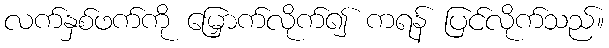
လက်နှစ်ဖက်ကို မြှောက်လိုက်၍ ကရန် ပြင်လိုက်သည်။